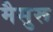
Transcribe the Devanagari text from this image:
मैसुरू